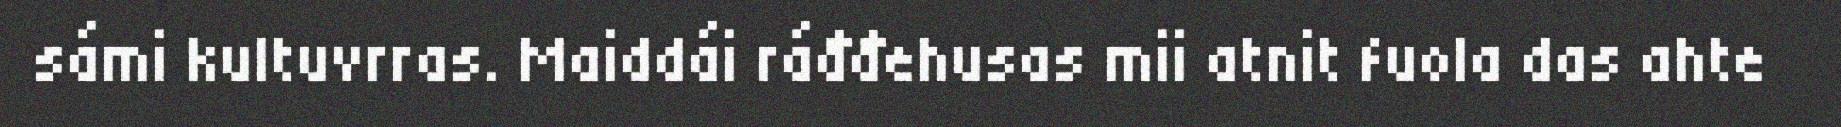
sámi kultuvrras. Maiddái ráđđehusas mii atnit fuola das ahte